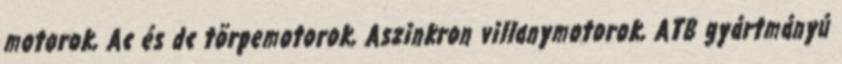
motorok, Ac és dc törpemotorok, Aszinkron villanymotorok, ATB gyártmányú